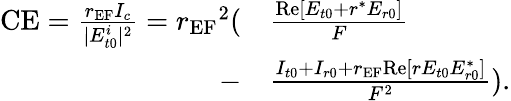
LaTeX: \begin{array}{rl}{\textrm{CE}=\frac{r_{\textrm{EF}}I_{c}}{|E_{t0}^{i}|^{2}}={r_{\textrm{EF}}}^{2}(}&{\frac{\textrm{Re}[E_{t0}+r^{*}E_{r0}]}{F}}\\ {-}&{\frac{I_{t0}+I_{r0}+r_{\textrm{EF}}\textrm{Re}[rE_{t0}E_{r0}^{*}]}{F^{2}}).}\end{array}